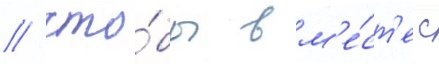
/ что́бы вм'е́ст'е с